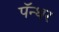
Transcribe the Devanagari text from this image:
पॅन्थर